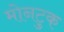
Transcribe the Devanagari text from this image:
मोनटुक